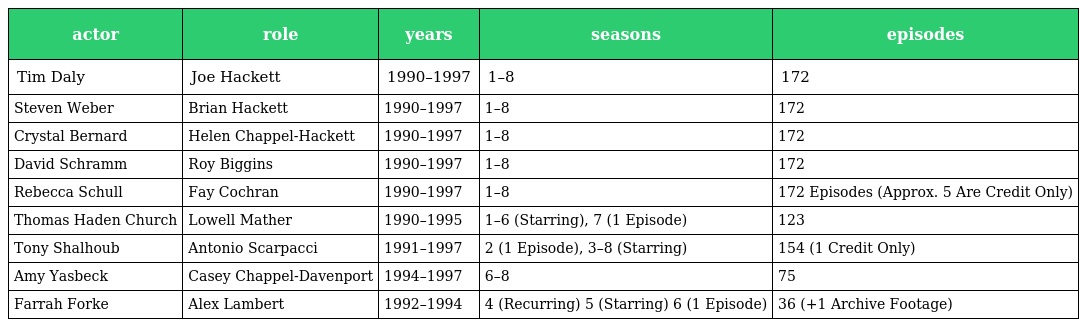
| actor | role | years | seasons | episodes |
 | --- | --- | --- | --- | --- |
 | Tim Daly | Joe Hackett | 1990–1997 | 1–8 | 172 |
 | Steven Weber | Brian Hackett | 1990–1997 | 1–8 | 172 |
 | Crystal Bernard | Helen Chappel-Hackett | 1990–1997 | 1–8 | 172 |
 | David Schramm | Roy Biggins | 1990–1997 | 1–8 | 172 |
 | Rebecca Schull | Fay Cochran | 1990–1997 | 1–8 | 172 Episodes (Approx. 5 Are Credit Only) |
 | Thomas Haden Church | Lowell Mather | 1990–1995 | 1–6 (Starring), 7 (1 Episode) | 123 |
 | Tony Shalhoub | Antonio Scarpacci | 1991–1997 | 2 (1 Episode), 3–8 (Starring) | 154 (1 Credit Only) |
 | Amy Yasbeck | Casey Chappel-Davenport | 1994–1997 | 6–8 | 75 |
 | Farrah Forke | Alex Lambert | 1992–1994 | 4 (Recurring) 5 (Starring) 6 (1 Episode) | 36 (+1 Archive Footage) |